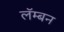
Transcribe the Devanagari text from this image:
लॅम्बन